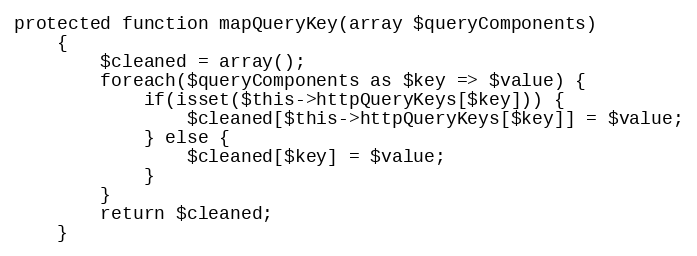
Language: PHP
protected function mapQueryKey(array $queryComponents)
    {
        $cleaned = array();
        foreach($queryComponents as $key => $value) {
            if(isset($this->httpQueryKeys[$key])) {
                $cleaned[$this->httpQueryKeys[$key]] = $value;
            } else {
                $cleaned[$key] = $value;
            }
        }
        return $cleaned;
    }